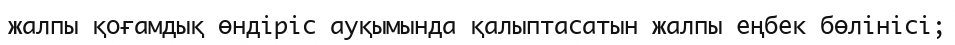
жалпы қоғамдық өндіріс ауқымында қалыптасатын жалпы еңбек бөлінісі;